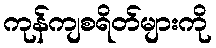
ကုန်ကျစရိတ်များကို